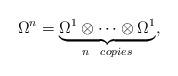
LaTeX: \begin{align*}\Omega^n=\underbrace{\Omega^1\otimes\cdots\otimes\Omega^1}_{n\ \ copies},\end{align*}